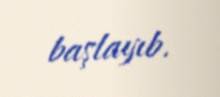
başlayıb.